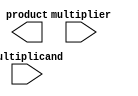
module wallace_tree_multiplier(
    input [7:0] multiplicand,
    input [7:0] multiplier,
    output reg [15:0] product
);

// Partial product generation
reg [15:0] partial_products [7:0];
genvar i;
generate
    for (i = 0; i < 8; i = i + 1) begin
        assign partial_products[i] = multiplicand << i;
    end
endgenerate

// Compressor tree
reg [15:0] compressed_products [7:0];
genvar j;
generate
    for (j = 0; j < 8; j = j + 1) begin
        assign compressed_products[j] = partial_products[j] + (partial_products[j+1] << 1) + (partial_products[j+2] << 2);
    end
endgenerate

// Carry save adder tree
reg [15:0] final_products [3:0];
assign final_products[0] = compressed_products[0];
assign final_products[1] = compressed_products[1] + (compressed_products[2] << 3);
assign final_products[2] = compressed_products[3] + (compressed_products[4] << 7);
assign final_products[3] = compressed_products[5] + (compressed_products[6] << 11) + (compressed_products[7] << 15);

// Final product
assign product = final_products[3];

endmodule